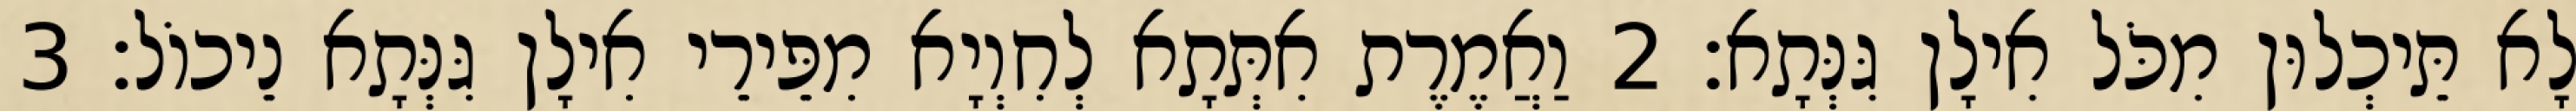
לָא תֵּיכְלוּן מִכֹּל אִילָן גִּנְּתָא׃ 2 וַאֲמֶרֶת אִתְּתָא לְחִוְיָא מִפֵּירֵי אִילָן גִּנְּתָא נֵיכוֹל׃ 3